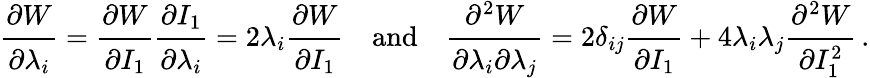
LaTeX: {\cfrac{\partial W}{\partial\lambda_{i}}}={\cfrac{\partial W}{\partial I_{1}}}{\cfrac{\partial I_{1}}{\partial\lambda_{i}}}=2\lambda_{i}{\cfrac{\partial W}{\partial I_{1}}}\quad{\mathrm{and}}\quad{\cfrac{\partial^{2}W}{\partial\lambda_{i}\partial\lambda_{j}}}=2\delta_{ij}{\cfrac{\partial W}{\partial I_{1}}}+4\lambda_{i}\lambda_{j}{\cfrac{\partial^{2}W}{\partial I_{1}^{2}}}\, .